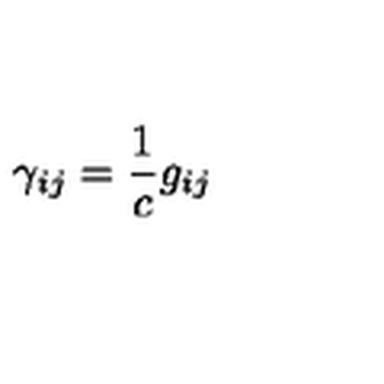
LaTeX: \gamma _ { i j } = \frac { 1 } { c } g _ { i j }